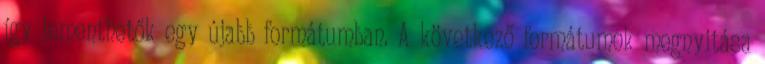
így lementhetők egy újabb formátumban. A következő formátumok megnyitása